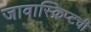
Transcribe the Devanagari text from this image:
जावास्क्रिप्टची